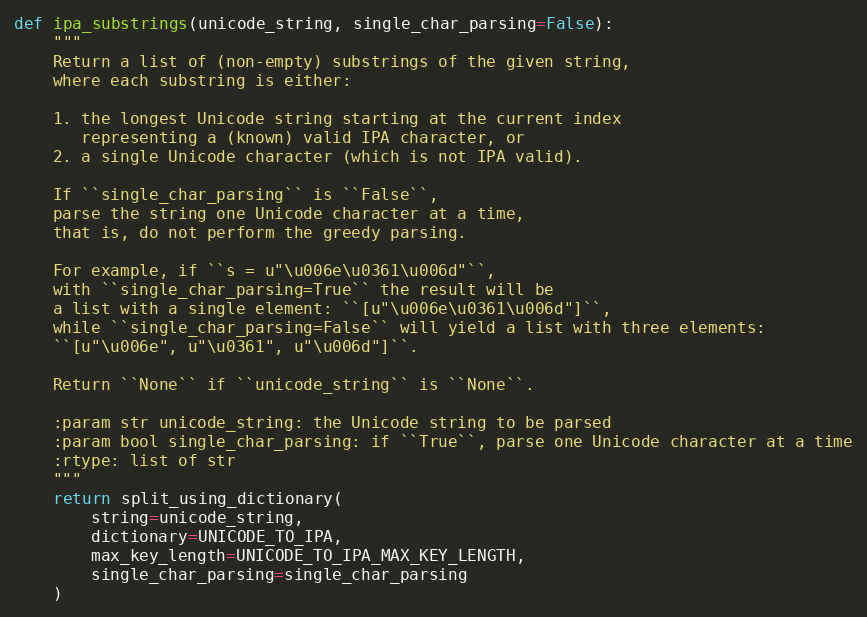
Language: Python
def ipa_substrings(unicode_string, single_char_parsing=False):
    """
    Return a list of (non-empty) substrings of the given string,
    where each substring is either:

    1. the longest Unicode string starting at the current index
       representing a (known) valid IPA character, or
    2. a single Unicode character (which is not IPA valid).

    If ``single_char_parsing`` is ``False``,
    parse the string one Unicode character at a time,
    that is, do not perform the greedy parsing.

    For example, if ``s = u"\u006e\u0361\u006d"``,
    with ``single_char_parsing=True`` the result will be
    a list with a single element: ``[u"\u006e\u0361\u006d"]``,
    while ``single_char_parsing=False`` will yield a list with three elements:
    ``[u"\u006e", u"\u0361", u"\u006d"]``.

    Return ``None`` if ``unicode_string`` is ``None``.

    :param str unicode_string: the Unicode string to be parsed
    :param bool single_char_parsing: if ``True``, parse one Unicode character at a time
    :rtype: list of str
    """
    return split_using_dictionary(
        string=unicode_string,
        dictionary=UNICODE_TO_IPA,
        max_key_length=UNICODE_TO_IPA_MAX_KEY_LENGTH,
        single_char_parsing=single_char_parsing
    )